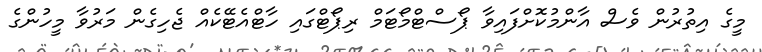
މީގެ އިތުރުން ވެސް އާންމުކޮށްފައިވާ ޕޯސްޓްމޯޓަމް ރިޕޯޓްގައި ހާޓްއެޓޭކެއް ޖެހިގެން މަރުވާ މީހުންގެ